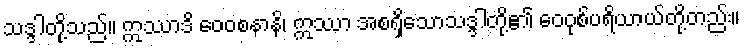
သဒ္ဒါတို့သည်။ ဣဿာဒိ ဝေဝစနာနိ၊ ဣဿာ အစရှိသောသဒ္ဒါတို့၏ ဝေဝုစ်ပရိယာယ်တို့တည်း။